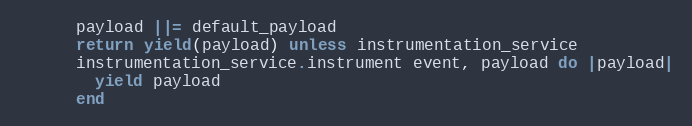
Language: Ruby
      payload ||= default_payload
      return yield(payload) unless instrumentation_service
      instrumentation_service.instrument event, payload do |payload|
        yield payload
      end